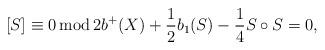
LaTeX: \begin{align*}[S] \equiv 0 \operatorname{mod} 2 b^+(X) + \frac{1}{2} b_1(S) -\frac{1}{4} S \circ S=0, \end{align*}